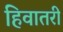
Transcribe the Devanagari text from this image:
हिवातरी